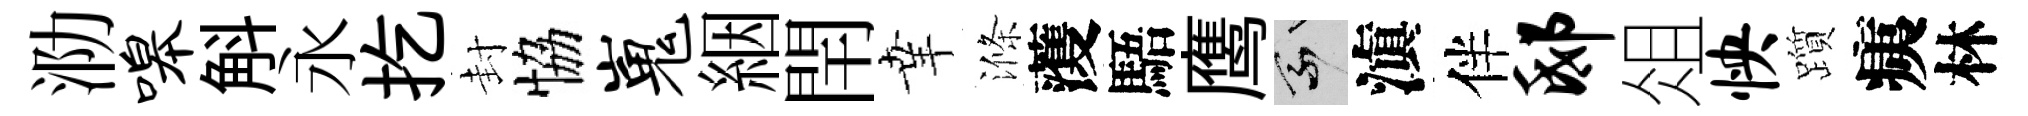
泐嗥斛永扢封恊嵬絪閈𦍒滌𮑮䮏鹰乘滇伴邸俎怏躓痍林